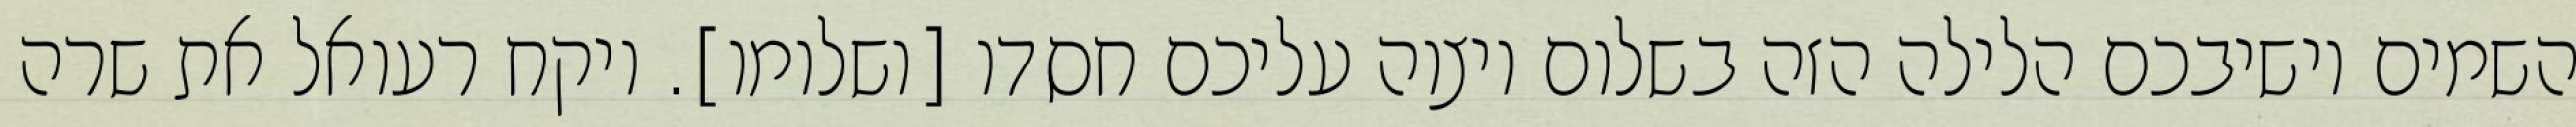
השמים יושיבכם הלילה הזה בשלום ויצוה עליכם חסדו [ושלומו]. ויקח רעואל את שרה